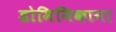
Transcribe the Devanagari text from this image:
डोमिनिकाना